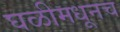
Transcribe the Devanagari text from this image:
घळीमधूनच